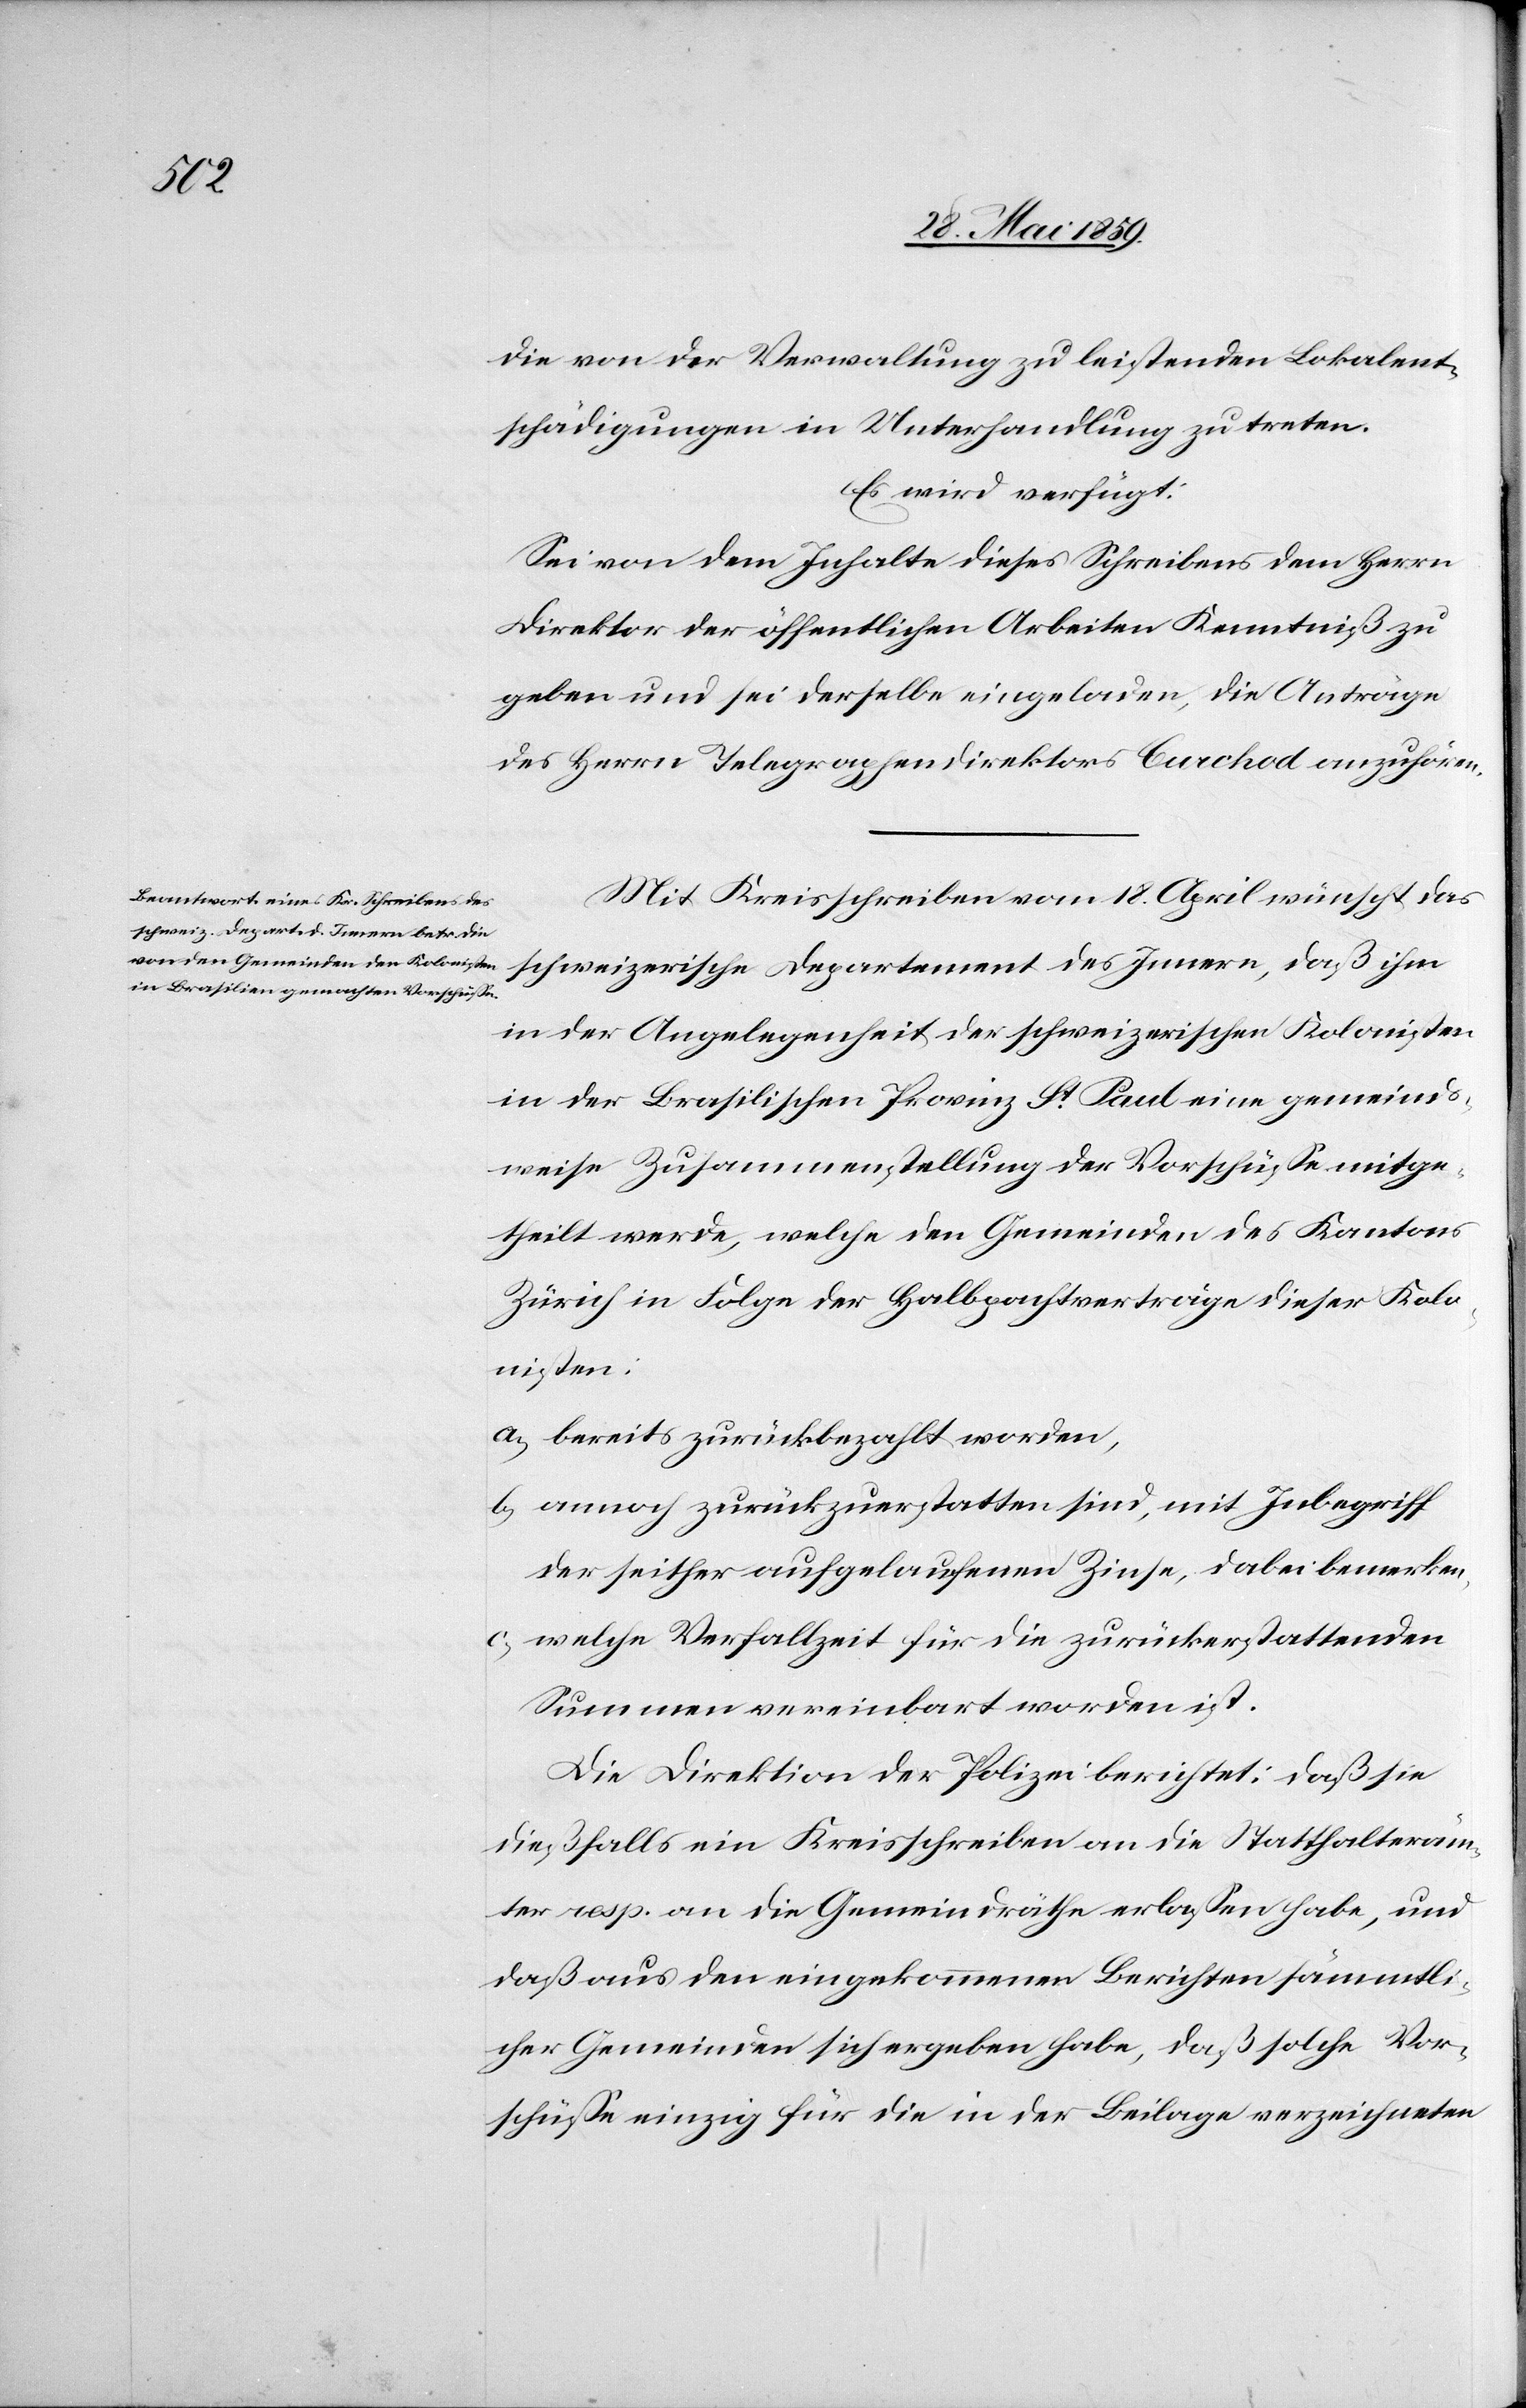
die von der Verwaltung zu leistenden Lokalent¬
schädigungen in Unterhandlung zu treten.
Es wird verfügt:
Sei von dem Inhalte dieses Schreibens dem Herrn
Direktor der öffentlichen Arbeiten Kenntniß zu
geben und sei derselbe eingeladen, die Anträge
des Herrn Telegraphendirektors Burchod anzuhören.
Mit Kreisschreiben vom 18. April wünscht das
schweizerische Departement des Innern, daß ihm
in der Angelegenheit der schweizerischen Kolonisten
in der Brasilischen Provinz St. Paul eine gemeinds¬
weise Zusammenstellung der Vorschüsse mitge¬
theilt werde, welche den Gemeinden des Kantons
Zürich in Folge der Halbpachtverträge dieser Kolo¬
nisten:
a) bereits zurückbezahlt worden,
b) annoch zurückzuerstatten sind, mit Inbegriff
der seither aufgelaufenen Zinse, dabei bemerken,
c) welche Verfallzeit für die zurückerstattenden
Summen vereinbart worden ist.
Die Direktion der Polizei berichtet: daß sie
dießfalls ein Kreisschreiben an die Statthalteräm¬
ter resp. an die Gemeindräthe erlassen habe, und
daß aus den eingekommenen Berichten sämmtli¬
cher Gemeinden sich ergeben habe, daß solche Vor¬
schüsse einzig für die in der Beilage verzeichneten